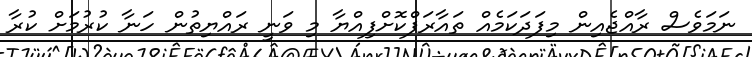
ނަމަވެސް ރާއްޖެއިން މިފަދަކަމެއް ތައާރަފްކޮށްފިއްޔާ މި ވަނީ ރައްޔިތުން ހަނާ ކުރުމަށް ކުރާ